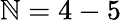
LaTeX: \mathbb{N}=4-5